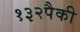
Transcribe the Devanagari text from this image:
१३२पैकी